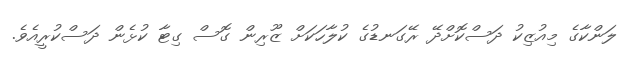
ލަންކާގެ މިއުޒިކު ދަސްކޮށްދޭ ރޭގަނޑުގެ ކުލާހަކަށް ޒޫރިން ގޮސް ގިޓާ ކުޅެން ދަސްކުރީއެވެ.